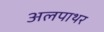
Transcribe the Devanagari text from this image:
अलपाथर